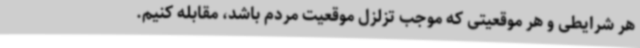
هر شرایطی و هر موقعیتی که موجب تزلزل موقعیت مردم باشد، مقابله کنیم.